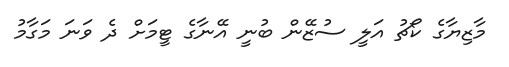
މާޒިޔާގެ ކޯޗު އަލީ ސުޒޭން ބުނީ އޭނާގެ ޓީމަށް ދެ ވަނަ މަގާމު